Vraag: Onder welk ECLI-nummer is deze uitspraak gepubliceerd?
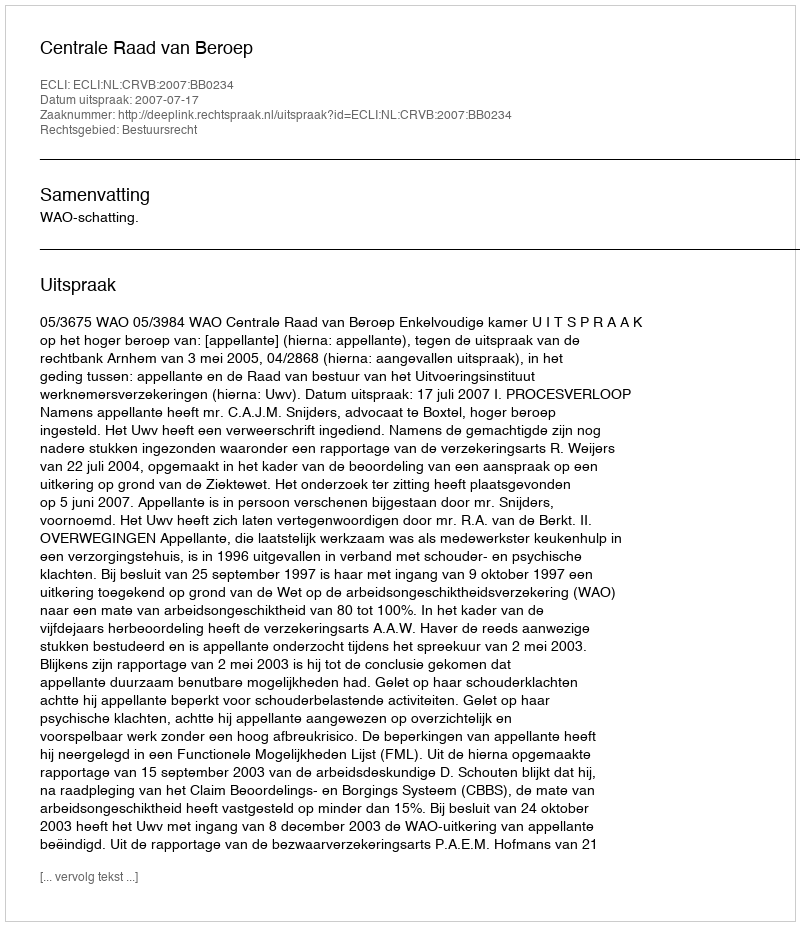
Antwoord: ECLI:NL:CRVB:2007:BB0234